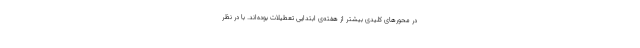
در محورهای کلیدی بیشتر از هفته‌ی ابتدایی تعطیلات بوده‌اند. با در نظر